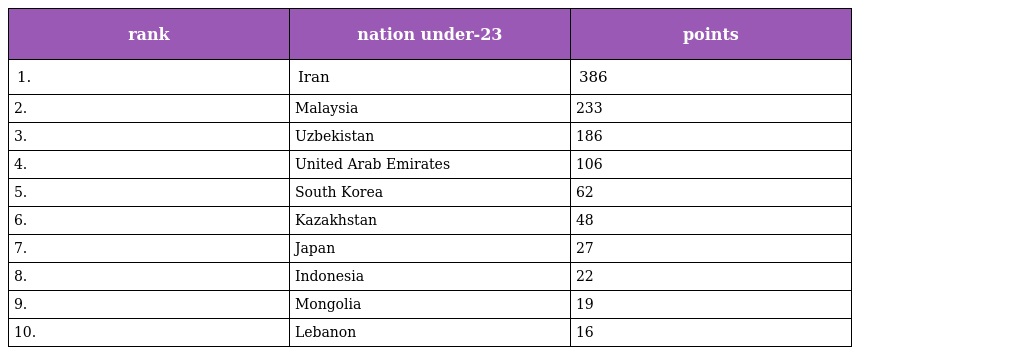
| rank | nation under-23 | points |
 | --- | --- | --- |
 | 1. | Iran | 386 |
 | 2. | Malaysia | 233 |
 | 3. | Uzbekistan | 186 |
 | 4. | United Arab Emirates | 106 |
 | 5. | South Korea | 62 |
 | 6. | Kazakhstan | 48 |
 | 7. | Japan | 27 |
 | 8. | Indonesia | 22 |
 | 9. | Mongolia | 19 |
 | 10. | Lebanon | 16 |